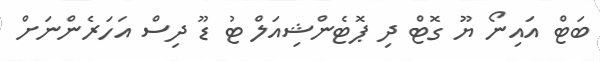
ބަޓް އައިނޯ ޔޫ ގޮޓް ދި ޕޮޓެންޝިއަލް ޓު ޑޫ ދިސް އަހަރެންނަށް